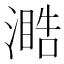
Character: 𣽋